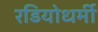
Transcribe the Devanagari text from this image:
रडियोधर्मी